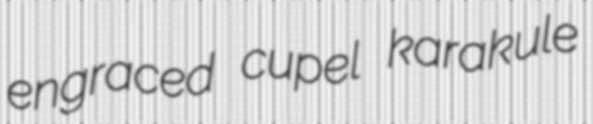
engraced cupel karakule